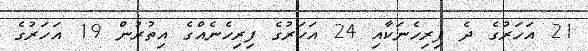
21 އަހަރުގެ ދެ ފިރިހެނަކާއި 24 އަހަރުގެ ފިރިހެނެއްގެ އިތުރުން 19 އަހަރުގެ